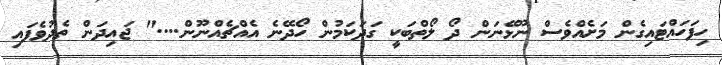
ހިފަހައްޓައިގެން މަށެއްވެސް ނޫޅޭނަން ދޯ ލޯތްބަކީ ގަދަކަމުން ހޯދޭނެ އެއްޗެއްނޫން...." ޖައިދަން ތެދުވެފައި